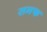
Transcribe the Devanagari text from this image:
समफ